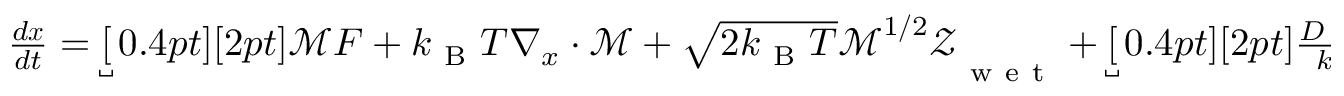
\begin{array} { r } { \frac { d \boldsymbol { x } } { d t } = \underbracket [ 0 . 4 p t ] [ 2 p t ] { \boldsymbol { \mathcal { M } } \boldsymbol { F } + k _ { \mathrm { ~ B ~ } } T \boldsymbol { \nabla } _ { x } \cdot \boldsymbol { \mathcal { M } } + \sqrt { 2 k _ { \mathrm { ~ B ~ } } T } \boldsymbol { \mathcal { M } } ^ { 1 / 2 } \mathcal { Z } \vphantom { \frac { D ^ { \mathrm { d r y } } } { k _ { \mathrm { ~ B ~ } } T } \boldsymbol { F } } } _ { \mathrm { ~ w ~ e ~ t ~ } } + \underbracket [ 0 . 4 p t ] [ 2 p t ] { \frac { D ^ { \mathrm { ~ d ~ r ~ y ~ } } } { k _ { \mathrm { ~ B ~ } } T } \boldsymbol { F } + \nabla _ { x } \cdot D ^ { \mathrm { ~ d ~ r ~ y ~ } } + \sqrt { \frac { 2 D ^ { \mathrm { ~ d ~ r ~ y ~ } } } { \Delta t } } \boldsymbol { W } } _ { \mathrm { ~ d ~ r ~ y ~ } } , } \end{array}